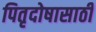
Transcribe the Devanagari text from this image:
पितृदोषासाठी